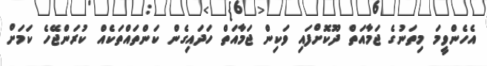
އެހެންވީމަ މިތަނުގެ ޖަމާއަތް ދޫކޮށްފައި ވަކިން ޖަމާއަތް ހަދައިގެން ކަންތައްތަކެއް ކުރަންޖޭހެ ކަމަށް